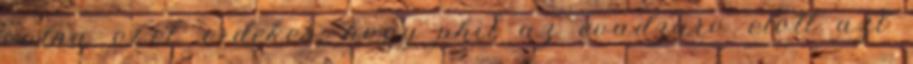
volna oket. erdekes, hogy phil az evadzaro elott azt